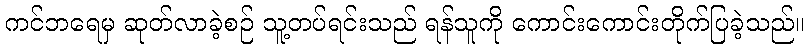
ကင်ဘရေမှ ဆုတ်လာခဲ့စဉ် သူ့တပ်ရင်းသည် ရန်သူကို ကောင်းကောင်းတိုက်ပြခဲ့သည်။